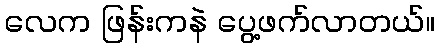
လေက ဖြန်းကနဲ ပွေ့ဖက်လာတယ်။